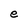
Character: e